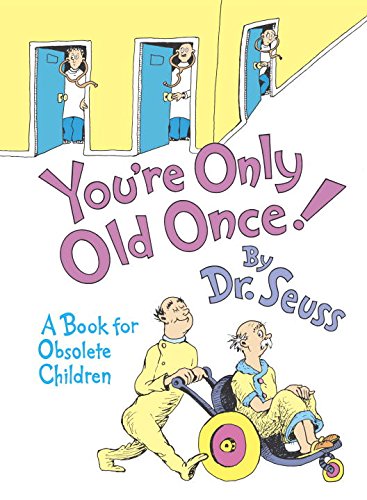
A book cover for You're Only Old Once!: A Book for Obsolete Children; Dr. Seuss; Humor & Entertainment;